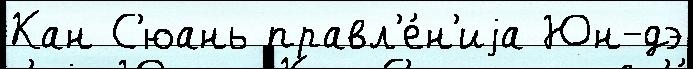
Кан С'юань правл'е́н'иjа Юн-дэ